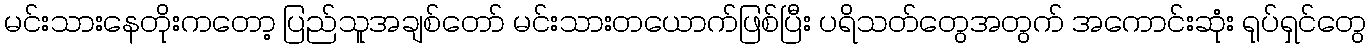
မင်းသားနေတိုးကတော့ ပြည်သူအချစ်တော် မင်းသားတယောက်ဖြစ်ပြီး ပရိသတ်တွေအတွက် အကောင်းဆုံး ရုပ်ရှင်တွေ